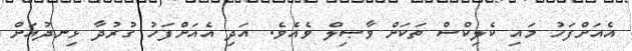
އެއަށްފަހު މައި ކެލިކްސް ތަކަށް ވާޞިލް ވެއެވެ. އަދި އެއަށްފަހު ގުރުދާ ޅިނދުއަށް